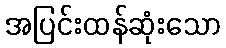
အပြင်းထန်ဆုံးသော